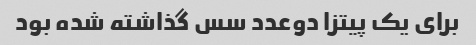
برای یک پیتزا دوعدد سس گذاشته شده بود